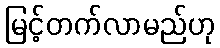
မြင့်တက်လာမည်ဟု